Report on vaccination proceedings throughout the Government of Bengal -
Year: 1868
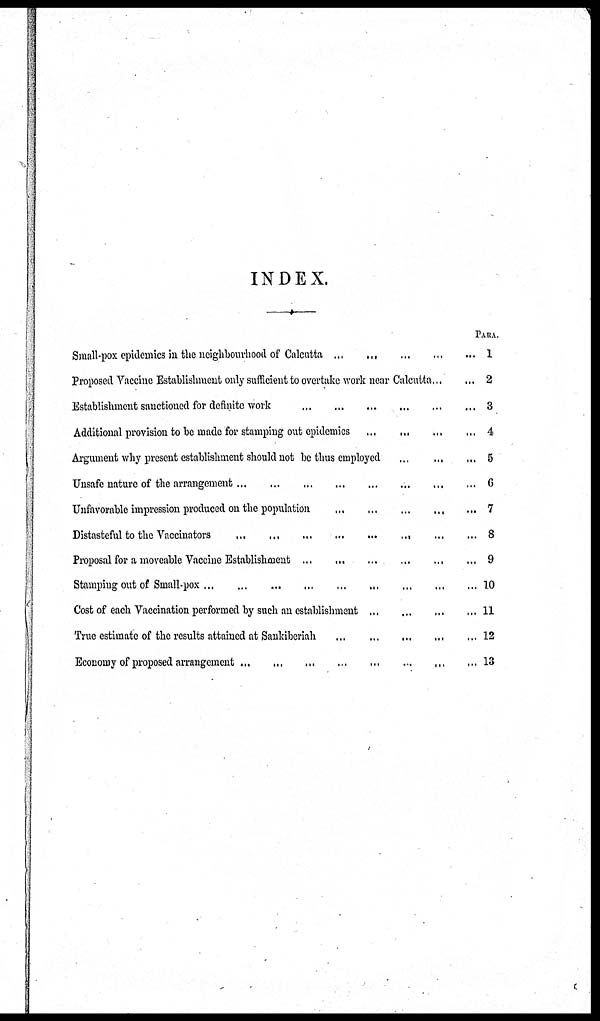
INDEX.
Small-pox epidemics in the neighbourhood of Calcutta
...
...
...
...
...
Proposed Vaccine Establishment only sufficient to overtake work near Calcutta ... ...
Establishment sanctioned for definite work ... ... ... ... ... ...
Additional provision to be made for stamping out epidemics
...
...
...
...
Argument why present establishment should not be thus employed
...
...
...
Unsafe nature of the arrangement
...
...
...
...
...
...
...
...
Unfavorable impression produced on the population
...
...
...
...
...
Distasteful to the Vaccinators
...
...
...
...
...
...
...
...
Proposal for a moveable Vaccine Establishment
...
...
...
...
...
...
Stamping out of Small-pox ... ... ... ... ... ... ... ... ...
Cost of each Vaccination performed by such an establishment
...
...
...
...
True estimate of the results attained at Sankiberiah
...
...
...
...
...
Economy of proposed arrangement
...
...
...
...
...
...
...
...
PARA.
1
2
3
4
5
6
7
8
9
10
11
12
13